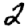
Digit: 2